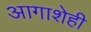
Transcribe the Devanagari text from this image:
आगाशेही